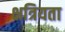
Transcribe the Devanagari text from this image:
क्षत्रियता